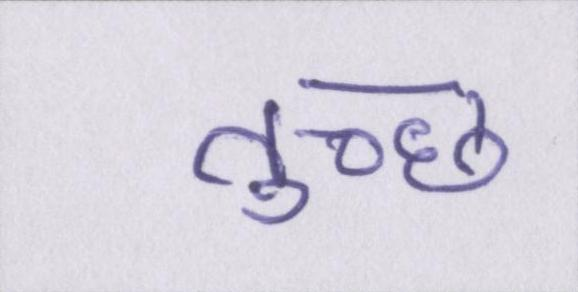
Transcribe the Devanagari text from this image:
तुच्छ